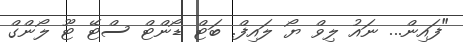
"ފައިން... ނައު ލިވް ޔޯ ލައިފް. ބަޓް ޑޯންޓް ސްޓޭ ޓޫ ލޯންގް